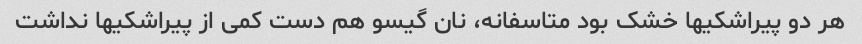
هر دو پیراشکیها خشک بود متاسفانه، نان گیسو هم دست کمی از پیراشکیها نداشت